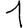
Digit: 1